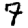
Digit: 7